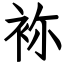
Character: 袮